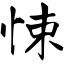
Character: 悚